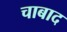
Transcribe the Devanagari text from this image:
चाबाद